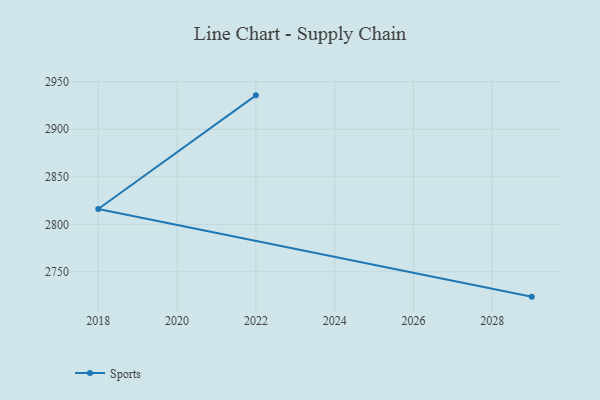
{"axis": {"x": "Year", "y": "Shipments"}, "legend": ["Sports"], "data": [{"x": "2029", "y": 2723.9, "type": "Sports"}, {"x": "2018", "y": 2816.1, "type": "Sports"}, {"x": "2022", "y": 2935.7, "type": "Sports"}]}